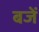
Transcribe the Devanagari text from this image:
बजें